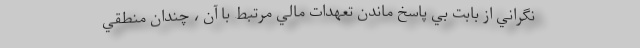
نگراني از بابت بي پاسخ ماندن تعهدات مالي مرتبط با آن ، چندان منطقي